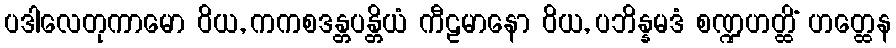
ပဒါလေတုကာမော ဝိယ, ကကစဒန္တပန္တိယံ ကီဠမာနော ဝိယ, ပဘိန္နမဒံ စဏ္ဍဟတ္ထိံ ဟတ္ထေန